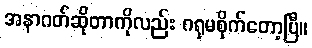
အနာဂတ်ဆိုတာကိုလည်း ဂရုမစိုက်တော့ပြီ။